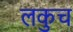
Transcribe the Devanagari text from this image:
लकुच